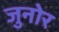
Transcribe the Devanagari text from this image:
जुनोर